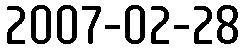
2007-02-28